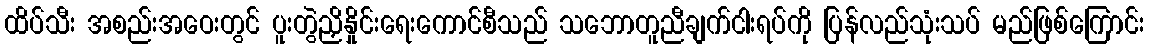
ထိပ်သီး အစည်းအဝေးတွင် ပူးတွဲညှိနှိုင်းရေးကောင်စီသည် သဘောတူညီချက်ငါးရပ်ကို ပြန်လည်သုံးသပ် မည်ဖြစ်ကြောင်း